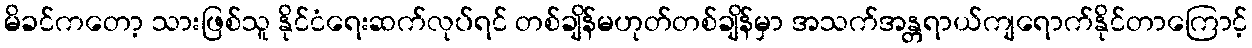
မိခင်ကတော့ သားဖြစ်သူ နိုင်ငံရေးဆက်လုပ်ရင် တစ်ချိန်မဟုတ်တစ်ချိန်မှာ အသက်အန္တရာယ်ကျရောက်နိုင်တာကြောင့်